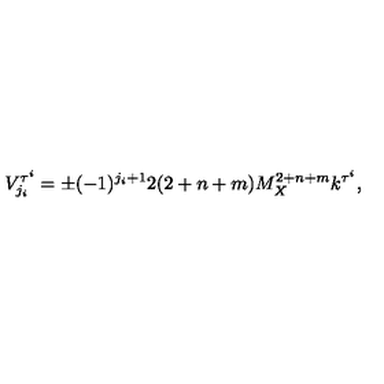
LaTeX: V _ { j _ { i } } ^ { \tau ^ { i } } = \pm ( - 1 ) ^ { j _ { i } + 1 } 2 ( 2 + n + m ) M _ { X } ^ { 2 + n + m } k ^ { \tau ^ { i } } , \,